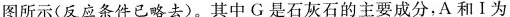
图所示(反应条件已略去)。其中G是石灰石的主要成分，A和Ⅰ为